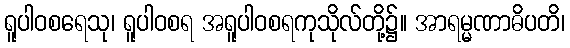
ရူပါဝစရေသု၊ ရူပါဝစရ အရူပါဝစရကုသိုလ်တို့၌။ အာရမ္မဏာဓိပတိ၊